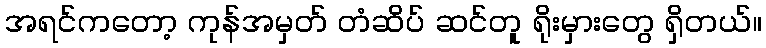
အရင်ကတော့ ကုန်အမှတ် တံဆိပ် ဆင်တူ ရိုးမှားတွေ ရှိတယ်။